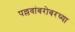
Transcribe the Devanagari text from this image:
पल्लवांबरोबरच्या